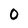
Character: 0